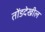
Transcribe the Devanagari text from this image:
तोंडदेखील